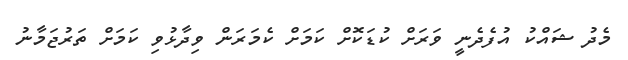
މެދު ޝައްކު އުފެދެނީ ވަރަށް ކުޑަކޮށް ކަމަށް ކެމަރަން ވިދާޅުވި ކަމަށް ތަރުޖަމާނު